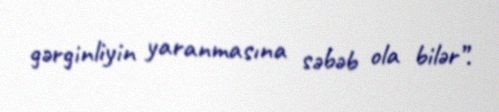
gərginliyin yaranmasına səbəb ola bilər”.